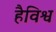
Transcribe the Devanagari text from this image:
हैविश्व